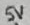
Text: 5V